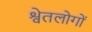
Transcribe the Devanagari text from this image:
श्वेतलोगों